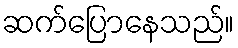
ဆက်ပြောနေသည်။